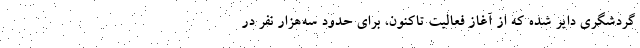
گردشگری دایر شده که از آغاز فعالیت تاکنون، برای حدود سه‌هزار نفر در